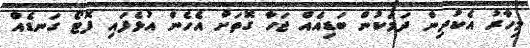
މިހާރު އެކުދިން ދަމަކުން ބަޑިއެއް ޖަހާ ގޮތަށް އެހެން އުޅެފައި ފޮޓޯ ގަނޑެއް